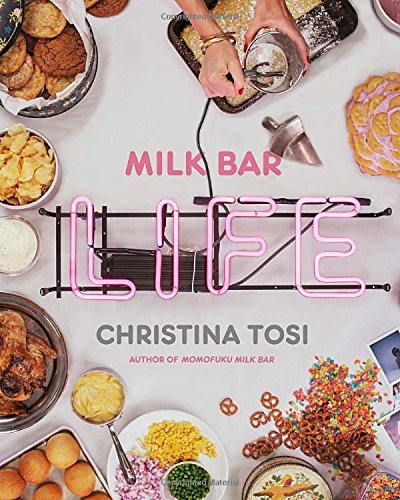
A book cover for Milk Bar Life: Recipes & Stories; Christina Tosi; Cookbooks, Food & Wine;